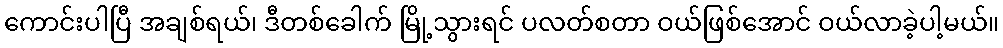
ကောင်းပါပြီ အချစ်ရယ်၊ ဒီတစ်ခေါက် မြို့သွားရင် ပလတ်စတာ ဝယ်ဖြစ်အောင် ဝယ်လာခဲ့ပါ့မယ်။